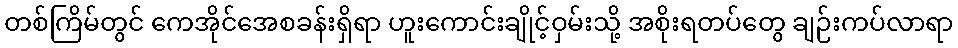
တစ်ကြိမ်တွင် ကေအိုင်အေစခန်းရှိရာ ဟူးကောင်းချိုင့်ဝှမ်းသို့ အစိုးရတပ်တွေ ချဉ်းကပ်လာရာ